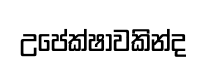
උපේක්ෂාවකින්ද